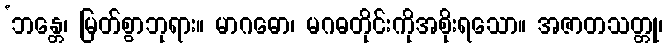
‘ဘန္တေ၊ မြတ်စွာဘုရား။ မာဂဓော၊ မဂဓတိုင်းကိုအစိုးရသော။ အဇာတသတ္တု၊